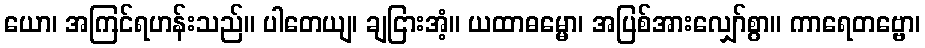
ယော၊ အကြင်ရဟန်းသည်။ ပါတေယျ၊ ချငြားအံ့။ ယထာဓမ္မော၊ အပြစ်အားလျှော်စွာ။ ကာရေတဗ္ဗော၊